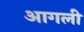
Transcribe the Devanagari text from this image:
आगली